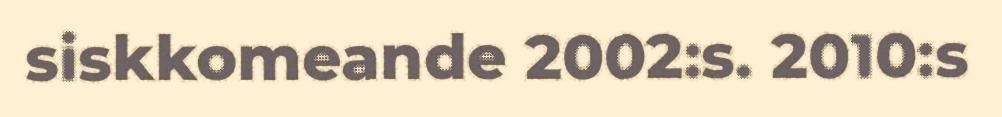
siskkomeande 2002:s. 2010:s